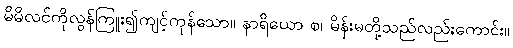
မိမိလင်ကိုလွန်ကြူး၍ကျင့်ကုန်သော။ နာရိယော စ၊ မိန်းမတို့သည်လည်းကောင်း။